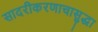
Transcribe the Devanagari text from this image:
सादरीकरणाचासुद्धा